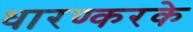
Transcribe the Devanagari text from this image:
धारण्करके